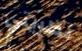
نظريتي